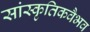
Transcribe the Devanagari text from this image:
सांस्कृतिकवैभव